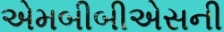
એમબીબીએસની